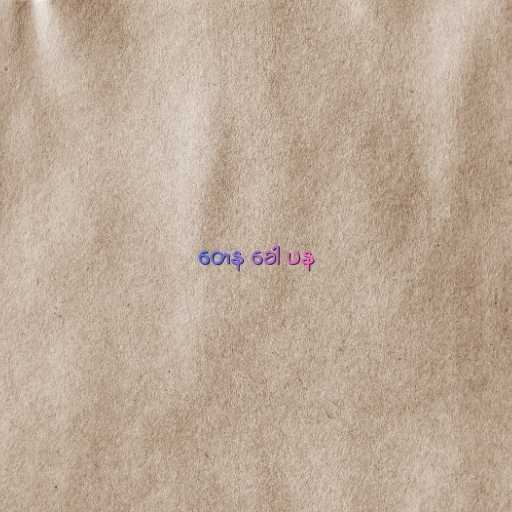
တေန ခေါ ပန